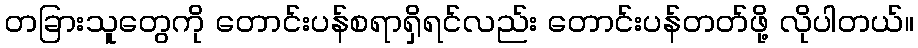
တခြားသူတွေကို တောင်းပန်စရာရှိရင်လည်း တောင်းပန်တတ်ဖို့ လိုပါတယ်။